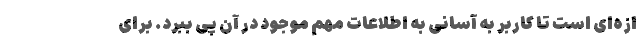
ازه‌ای است تا کاربر به آسانی به اطلاعات مهم موجود در آن پی ببرد. برای